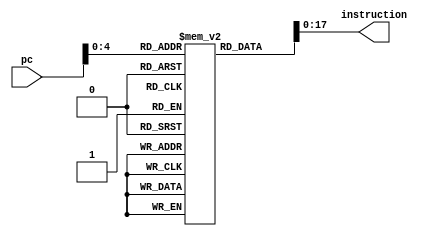
module MDI(pc, instruction);  
      input     [7:0]pc;  
      output    [17:0]instruction;  
 
      reg [256:0] mem[17:0];
		
		initial begin
 
//Programa Teste - Calcula a Média dos Valores de um Vetor de Tamanho N
mem[0] = 18'b100000101000001000;
mem[1] = 18'b010000101000000000;
mem[2] = 18'b100000111000001000;
mem[3] = 18'b100000001000000011;
mem[4] = 18'b010111001000000000;
mem[5] = 18'b100000001000000101;
mem[6] = 18'b010111001000000001;
mem[7] = 18'b100000001000000100;
mem[8] = 18'b010111001000000010;
mem[9] = 18'b100000001000000001;
mem[10] = 18'b010111001000000011;
mem[11] = 18'b100000001000000111;
mem[12] = 18'b010111001000000100;
mem[13] = 18'b100000001000000111;
mem[14] = 18'b010111001000000101;
mem[15] = 18'b100000001000001000;
mem[16] = 18'b000110101110000011;
mem[17] = 18'b010000110000000001;
mem[18] = 18'b010111001000000111;
mem[19] = 18'b100000110000000000;
mem[20] = 18'b100000100000000000;
mem[21] = 18'b000100101001000101;
mem[22] = 18'b011001000000011101;
mem[23] = 18'b000111100001000000;
mem[24] = 18'b001001001000000000;
mem[25] = 18'b000110001110000000;
mem[26] = 18'b100100100000000001;
mem[27] = 18'b111000000000010110;
mem[28] = 18'b000110101110000011;
mem[29] = 18'b010000110000000001;

		end
      assign instruction = mem[pc];  
 endmodule